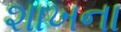
શાખના